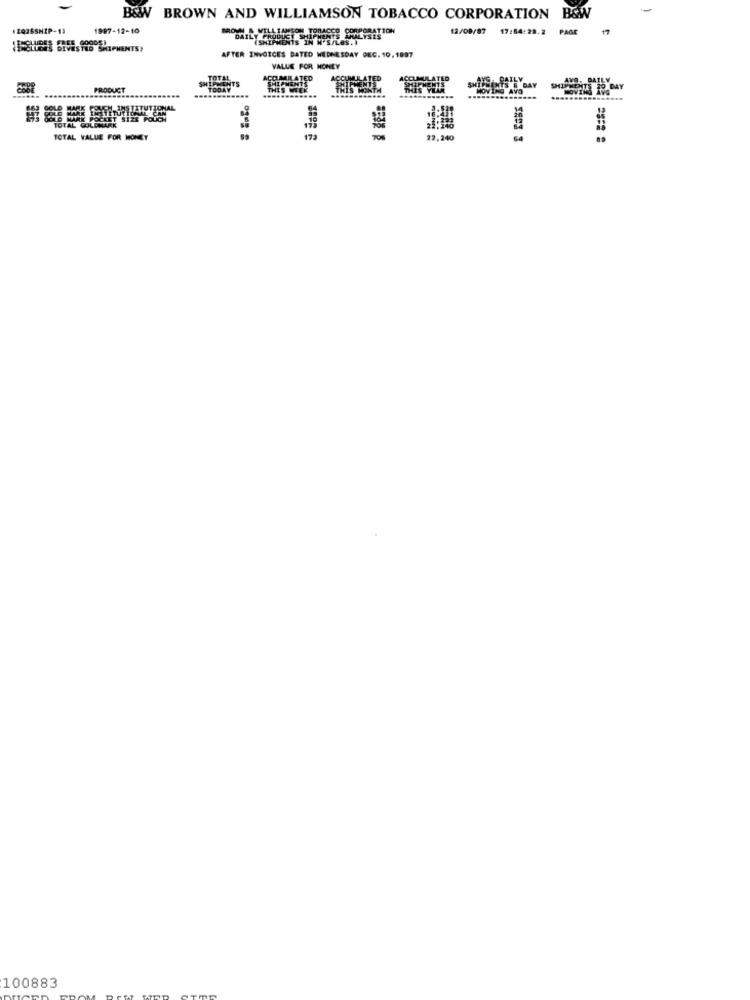
B&W BROWN AND WILLIAMSON TOBACCO CORPORATION
B&W
1997-12-10
12/09/07
17:54:29.2
PAGE
17
N'S/LOS. I
HELLOES BIVESTRO SHIPMENTS?
AFTER INVOICES BATED WEDNESDAY DEC. 10.1897
VALUE FOR MONEY
TOTAL
CIMILATED
PAIL
BALL
PRODUCT
TODAY
IS 5 DAY
STATUTIONAL
TOTAL GOLDMARK
TOTAL VALUE FOR MONEY
173
22,240
100883